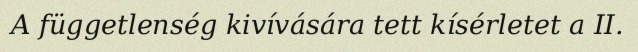
A függetlenség kivívására tett kísérletet a II.